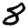
Digit: 8